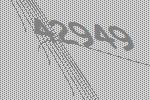
42949